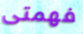
فهمتى